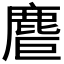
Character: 𪊤